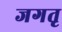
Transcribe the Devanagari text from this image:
जगतृ